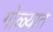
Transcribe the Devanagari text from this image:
गोळ्यात